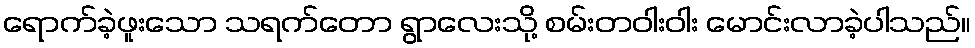
ရောက်ခဲ့ဖူးသော သရက်တော ရွာလေးသို့ စမ်းတဝါးဝါး မောင်းလာခဲ့ပါသည်။